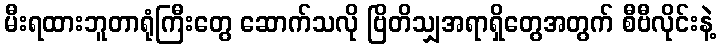
မီးရထားဘူတာရုံကြီးတွေ ဆောက်သလို ဗြိတိသျှအရာရှိတွေအတွက် စီဗီလိုင်းနဲ့